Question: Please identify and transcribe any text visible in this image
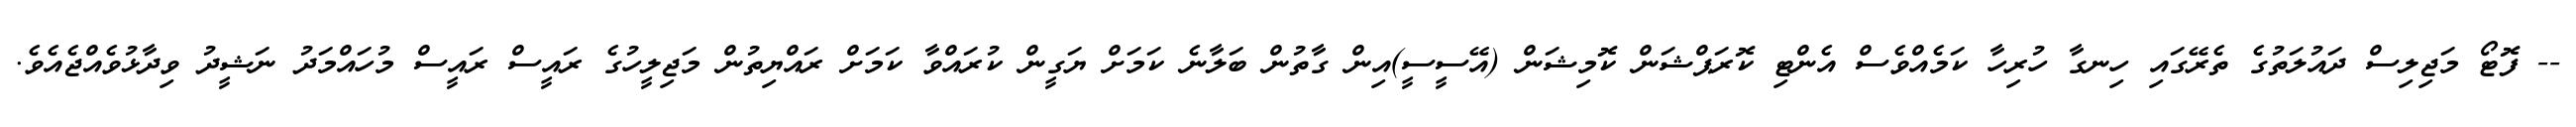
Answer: -- ފޮޓޯ މަޖިލިސް ދައުލަތުގެ ތެރޭގައި ހިނގާ ހުރިހާ ކަމެއްވެސް އެންޓި ކޮރަޕްޝަން ކޮމިޝަން (އޭސީސީ)އިން ގާތުން ބަލާނެ ކަމަށް ޔަގީން ކުރައްވާ ކަމަށް ރައްޔިތުން މަޖިލީހުގެ ރައީސް ރައީސް މުހައްމަދު ނަޝީދު ވިދާޅުވެއްޖެއެވެ.